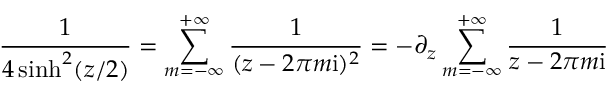
\frac { 1 } { 4 \sinh ^ { 2 } ( z / 2 ) } = \sum _ { m = - \infty } ^ { + \infty } \frac { 1 } { ( z - 2 \pi m \mathrm { i } ) ^ { 2 } } = - \partial _ { z } \sum _ { m = - \infty } ^ { + \infty } \frac { 1 } { z - 2 \pi m \mathrm { i } }